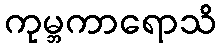
ကုမ္ဘကာရောသိ